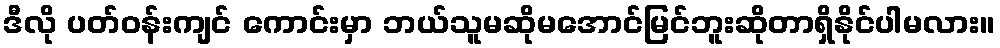
ဒီလို ပတ်ဝန်းကျင် ကောင်းမှာ ဘယ်သူမဆိုမအောင်မြင်ဘူးဆိုတာရှိနိုင်ပါမလား။